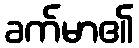
ခက်မာ၏